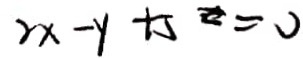
2 x - y + 5 = \supset